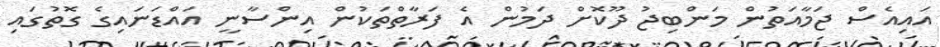
އައިއެސް ޖަމާއަތުން މަންބިޖު ދޫކޮށް ދަމުން އެ ފަރާތްތަކުން އިންސާނީ އައްޑަނައިގެ ގޮތުގައި